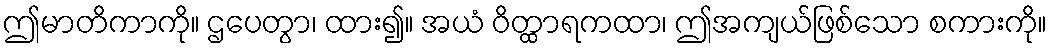
ဤမာတိကာကို။ ဌပေတွာ၊ ထား၍။ အယံ ဝိတ္ထာရကထာ၊ ဤအကျယ်ဖြစ်သော စကားကို။